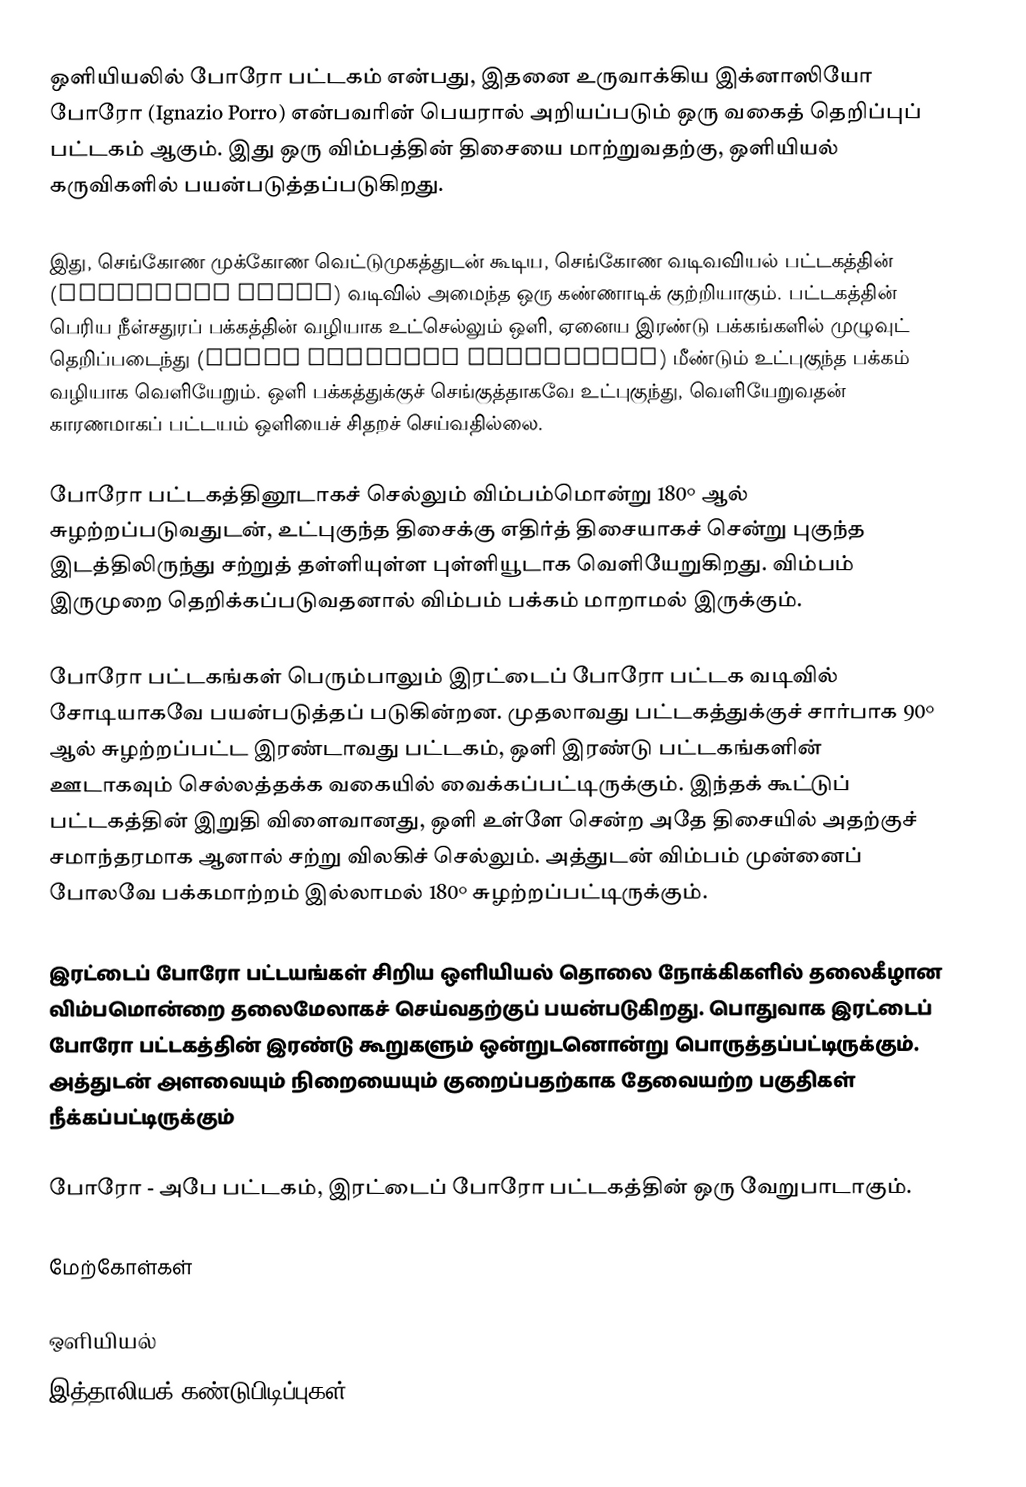
ஒளியியலில் போரோ பட்டகம் என்பது, இதனை உருவாக்கிய இக்னாஸியோ போரோ (Ignazio Porro) என்பவரின் பெயரால் அறியப்படும் ஒரு வகைத் தெறிப்புப் பட்டகம் ஆகும். இது ஒரு விம்பத்தின் திசையை மாற்றுவதற்கு, ஒளியியல் கருவிகளில் பயன்படுத்தப்படுகிறது.

இது, செங்கோண முக்கோண வெட்டுமுகத்துடன் கூடிய, செங்கோண வடிவவியல் பட்டகத்தின் (geometric prism) வடிவில் அமைந்த ஒரு கண்ணாடிக் குற்றியாகும். பட்டகத்தின் பெரிய நீள்சதுரப் பக்கத்தின் வழியாக உட்செல்லும் ஒளி, ஏனைய இரண்டு பக்கங்களில் முழுவுட் தெறிப்படைந்து (total internal reflection) மீண்டும் உட்புகுந்த பக்கம் வழியாக வெளியேறும். ஒளி பக்கத்துக்குச் செங்குத்தாகவே உட்புகுந்து, வெளியேறுவதன் காரணமாகப் பட்டயம் ஒளியைச் சிதறச் செய்வதில்லை.

போரோ பட்டகத்தினூடாகச் செல்லும் விம்பம்மொன்று 180° ஆல் சுழற்றப்படுவதுடன், உட்புகுந்த திசைக்கு எதிர்த் திசையாகச் சென்று புகுந்த இடத்திலிருந்து சற்றுத் தள்ளியுள்ள புள்ளியூடாக வெளியேறுகிறது. விம்பம் இருமுறை தெறிக்கப்படுவதனால் விம்பம் பக்கம் மாறாமல் இருக்கும்.

போரோ பட்டகங்கள் பெரும்பாலும் இரட்டைப் போரோ பட்டக வடிவில் சோடியாகவே பயன்படுத்தப் படுகின்றன. முதலாவது பட்டகத்துக்குச் சார்பாக 90° ஆல் சுழற்றப்பட்ட  இரண்டாவது பட்டகம், ஒளி இரண்டு பட்டகங்களின் ஊடாகவும் செல்லத்தக்க வகையில் வைக்கப்பட்டிருக்கும். இந்தக் கூட்டுப் பட்டகத்தின் இறுதி விளைவானது, ஒளி உள்ளே சென்ற அதே திசையில் அதற்குச் சமாந்தரமாக ஆனால் சற்று விலகிச் செல்லும். அத்துடன் விம்பம் முன்னைப் போலவே பக்கமாற்றம் இல்லாமல் 180° சுழற்றப்பட்டிருக்கும்.

இரட்டைப் போரோ பட்டயங்கள் சிறிய ஒளியியல் தொலை நோக்கிகளில் தலைகீழான விம்பமொன்றை தலைமேலாகச் செய்வதற்குப் பயன்படுகிறது. பொதுவாக இரட்டைப் போரோ பட்டகத்தின் இரண்டு கூறுகளும் ஒன்றுடனொன்று பொருத்தப்பட்டிருக்கும். அத்துடன் அளவையும் நிறையையும் குறைப்பதற்காக தேவையற்ற பகுதிகள் நீக்கப்பட்டிருக்கும்

போரோ - அபே பட்டகம், இரட்டைப் போரோ பட்டகத்தின் ஒரு வேறுபாடாகும்.

மேற்கோள்கள்

ஒளியியல்
இத்தாலியக் கண்டுபிடிப்புகள்